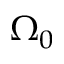
\Omega _ { 0 }